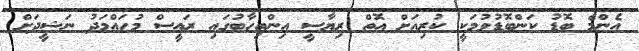
އެންމެ ބޮޑު ކަންބޮޑުވުމަކީ ކުރިއަށް އޮތް ރިޔާސީ އިންތިހާބުގައި ރައީސް މުހައްމަދު ނަޝީދަށް